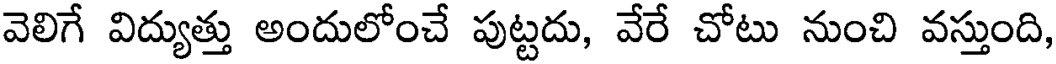
వెలిగే విద్యుత్తు అందులోంచే పుట్టదు, వేరే చోటు నుంచి వస్తుంది,